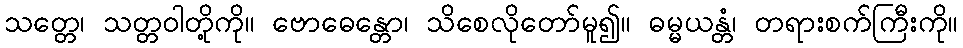
သတ္တေ၊ သတ္တဝါတို့ကို။ ဗောဓေန္တော၊ သိစေလိုတော်မူ၍။ ဓမ္မယန္တံ၊ တရားစက်ကြီးကို။